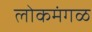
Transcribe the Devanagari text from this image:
लोकमंगळ